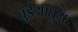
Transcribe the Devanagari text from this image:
तुईआतुआ